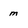
Character: m